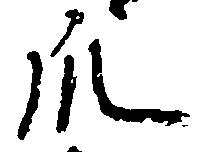
爪